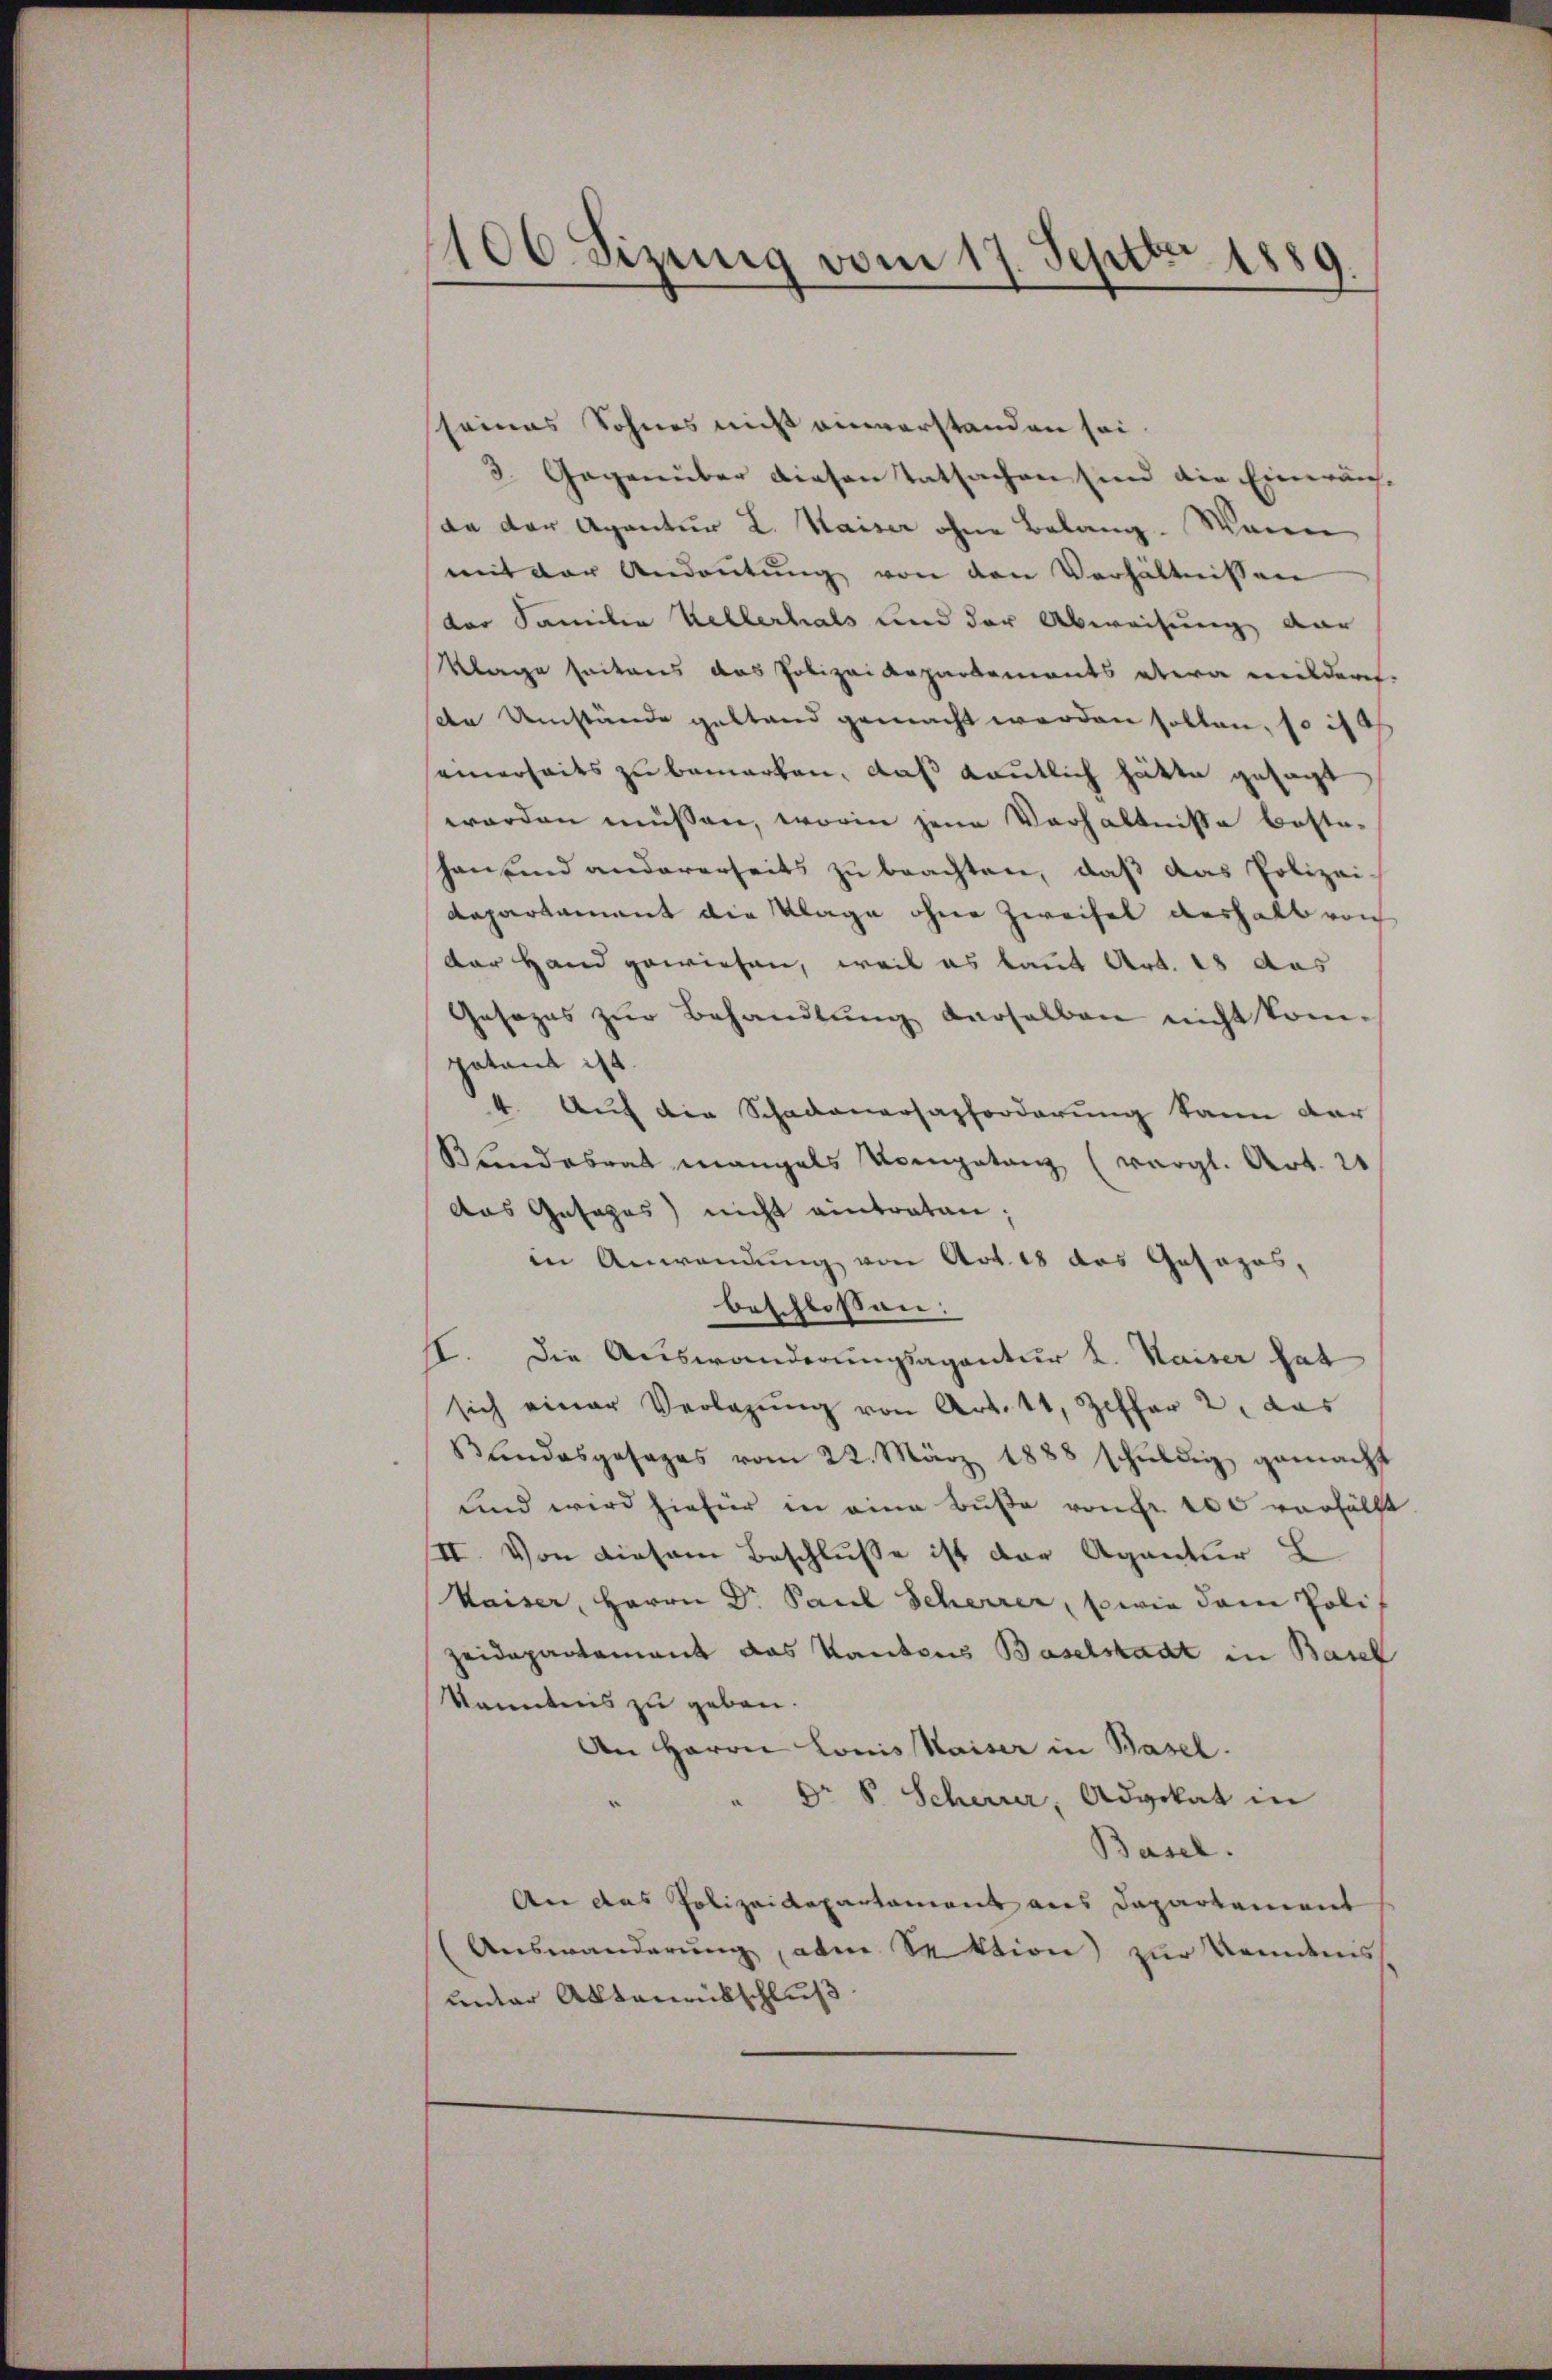
1106. Sizung vom 17. Septbr. 1889.

seines Sohnes nicht einverstanden sei.
3. Gegenüber diesen Tatsachen sind die Einräuch-
da der Agantur L. Kaiser ohne Belang. Wenn
mit der Andaŭtŭng von den Verhältnissen
der Familie Kellerhals und der Abweisung dar
Klage seiteres das Polizeidepartements etwa milderet.
ste Umstände gestand gemacht werden sollen, so ist
einerseits zu bemerken, daß deutlich hätte gesagt
worden müssen, worin jene Verhältnisse bestehan und andererseits zu beachten, daß das Polizei-
Repartament die Klage ohne Zweifel deshalb von
der Hand gewiesen, weil es laut Art. 18 des
Gesezes zŭr Behandlŭng derselben nicht kom-
potant ist.
4. Auf die Schadenersaphorderung kann dar
Bundesrat mangals Kompetanz (vergl. Art. 21
das Gesages) nicht eintraten;
in Anwendung von Art. 18 das Gesazos,
beschlossen:
II. Die Auswanderungsagantur L. Kaiser hat
sich einer Verlegŭng von Art. 11, Ziffer 2, das
Bundesgesages vom 22. März 1888 schŭldig gemacht
und wird hiefür in eine Bŭβe von fr. 100 verhälft
II. Von diesem Beschlusse ist der Agantur
Kaiser, Herrn Dr. Paul Scherrer, sowie dem Poli
Heidepartament das Raubens Baselstadt in Basel
kanntnis zu geben.
An Herrn Lonis Kaiser in Basel.
dr V. Scherer, Advokat in
Basel.
An das Polizeidepartament aus Departement
Auswanderung, aben Sektion zur Kenntnis
unter Aktenrückschluß